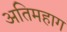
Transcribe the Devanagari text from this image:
अतिमहाग